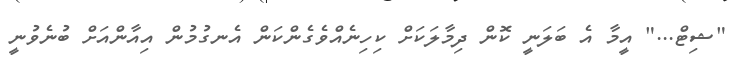
"ޝިޓް..." އީމާ އެ ބަލަނީ ކޮން ދިމާލަކަށް ކިހިނެއްވެގެންކަން އެނގުމުން އިއާންއަށް ބުނެވުނީ